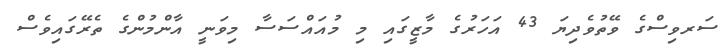
ސަރވިސްގެ ވޭތުވެދިޔަ 43 އަހަރުގެ މާޒީގައި މި މުއައްސަސާ މިވަނީ އާންމުންގެ ތެރޭގައިވެސް